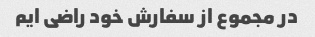
در مجموع از سفارش خود راضی ایم